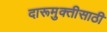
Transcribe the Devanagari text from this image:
दारूमुक्तीसाठी